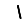
Digit: 1